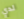
لدي